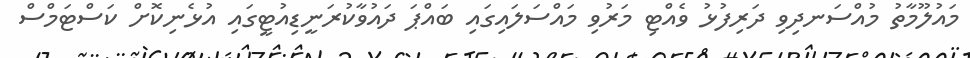
މައުލޫމާތު މުއްސަނދިވި ދަރިފުޅު ވެއްޓި މަރުވި މައްސަލައިގައި ބައްޕަ ދައުވާކުރަނީޑިއުޓީގައި އުޅެނިކޮށް ކަސްޓަމްސް